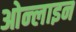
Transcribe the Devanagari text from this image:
ओन्लाइन